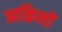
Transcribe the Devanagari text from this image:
आक़िलों